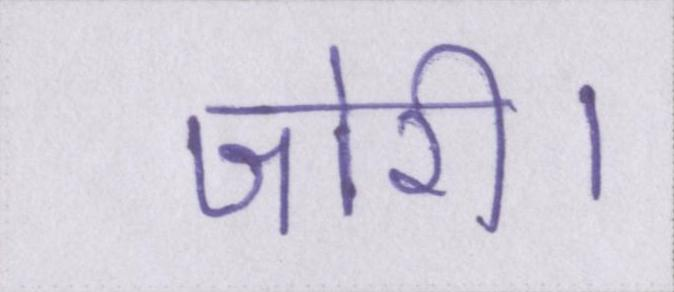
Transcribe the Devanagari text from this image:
जोरी।